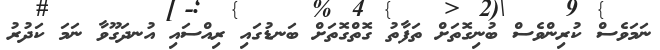
ނަމަވެސް ކުރިންވެސް ބުނިގޮތަށް ތަފާތު ގޮތްގޮތަށް ބަނޑުގައި ރިއްސައި އުނދަގޫވާ ނަމަ ކަދުރު